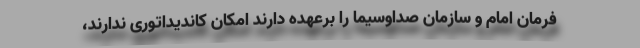
فرمان امام و سازمان صداوسیما را برعهده دارند امکان کاندیداتوری ندارند،